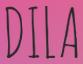
DILA